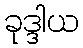
ခုဒ္ဒါယ